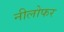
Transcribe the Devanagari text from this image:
नीलोफर